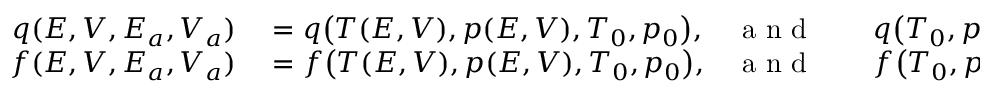
\begin{array} { r l r l r } { q ( E , V , E _ { a } , V _ { a } ) } & { { } = q \big ( T ( E , V ) , p ( E , V ) , T _ { 0 } , p _ { 0 } \big ) , } & { \mathrm { ~ a ~ n ~ d ~ } } & { { } \quad q \big ( T _ { 0 } , p _ { 0 } , T _ { 0 } , P _ { 0 } \big ) } & { = 0 , } \\ { f ( E , V , E _ { a } , V _ { a } ) } & { { } = f \big ( T ( E , V ) , p ( E , V ) , T _ { 0 } , p _ { 0 } \big ) , } & { \mathrm { ~ a ~ n ~ d ~ } } & { { } \quad f \big ( T _ { 0 } , p _ { 0 } , T _ { 0 } , P _ { 0 } \big ) \! } & { = 0 . } \end{array}